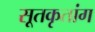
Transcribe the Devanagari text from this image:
सूतकृतांग